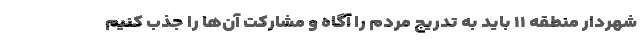
شهردار منطقه ۱۱ باید به تدریج مردم را آگاه و مشارکت آن‌ها را جذب کنیم